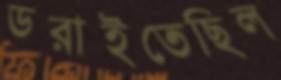
ডরাইতেছিল